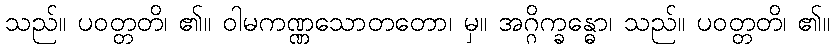
သည်။ ပဝတ္တတိ၊ ၏။ ဝါမကဏ္ဏသောတတော၊ မှ။ အဂ္ဂိက္ခန္ဓော၊ သည်။ ပဝတ္တတိ၊ ၏။